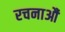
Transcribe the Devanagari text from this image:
रचनाऔं